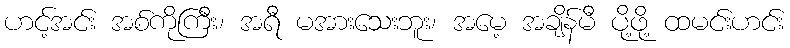
ဟင့်အင်း အစ်ကိုကြီး၊ အရီ မအားသေးဘူး၊ အမေ့ အချိန်မီ ပို့ဖို့ ထမင်းဟင်း